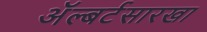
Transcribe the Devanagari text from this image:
अॅल्बर्टसारखा